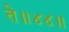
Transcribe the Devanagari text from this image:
ते॥४४॥